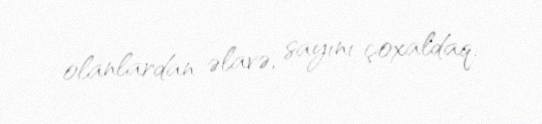
olanlardan əlavə, sayını çoxaldaq.